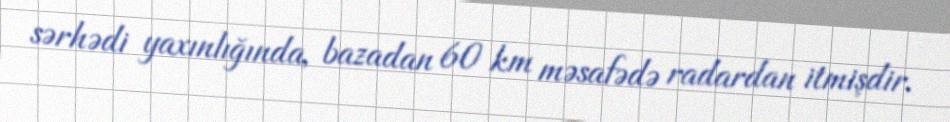
sərhədi yaxınlığında, bazadan 60 km məsafədə radardan itmişdir.